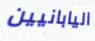
اليابانيين